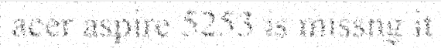
acer aspire 5253 is missng it